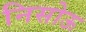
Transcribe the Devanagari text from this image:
निसोऊ